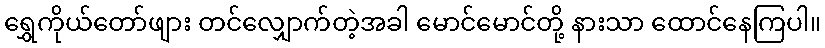
ရွှေကိုယ်တော်ဖျား တင်လျှောက်တဲ့အခါ မောင်မောင်တို့ နားသာ ထောင်နေကြပါ။